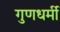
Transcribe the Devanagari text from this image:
गुणधर्मी